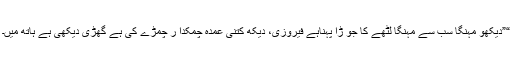
“”دیکھو مہنگا سب سے مہنگا لٹھے کا جو ڑا پہناہے فیروزی، دیکھ کتنی عمدہ چمکدا ر چمڑے کی ہے گھڑی دیکھی ہے ہاتھ میں۔